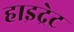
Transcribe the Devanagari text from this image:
हाइद्रेट